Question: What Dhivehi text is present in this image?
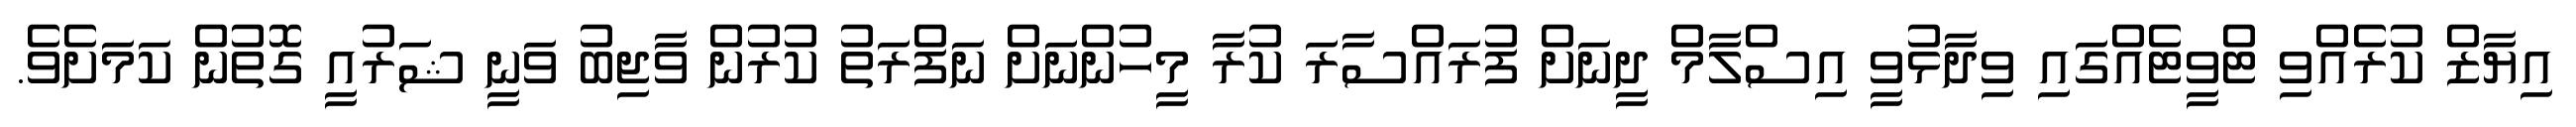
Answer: އިޔާޒް ކުރެއްވި ޓްވީޓެއްގައި ވިދާޅުވީ އިސްލާމް ދީނަށް ފުރައްސާރަ ކުރާ މީހުންނަށް ނަފްރަތު ކުރުން ވާޖިބު ވަނީ ޝަރުއީ ގޮތުން ކަމަށެވެ.